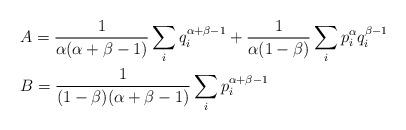
LaTeX: \begin{align*}&A=\frac{1}{\alpha(\alpha+\beta-1)}\sum_{i}q^{\alpha+\beta-1}_{i}+\frac{1}{\alpha(1-\beta)}\sum_{i}p^{\alpha}_{i}q^{\beta-1}_{i}\\&B=\frac{1}{(1-\beta)(\alpha+\beta-1)}\sum_{i}p^{\alpha+\beta-1}_{i}\end{align*}